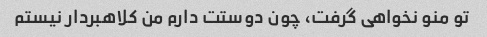
تو منو نخواهی گرفت، چون دوستت دارم من کلاهبردار نیستم